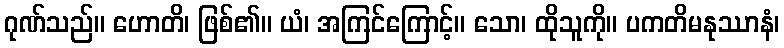
ဂုဏ်သည်။ ဟောတိ၊ ဖြစ်၏။ ယံ၊ အကြင်ကြောင့်။ သော၊ ထိုသူကို။ ပကတိမနုဿာနံ၊